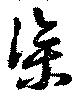
渠